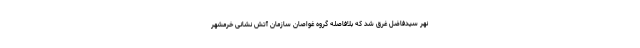
نهر سیدفاضل غرق شد که بلافاصله گروه غواصان سازمان آتش نشانی خرمشهر